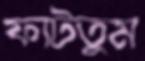
ফাটতুম